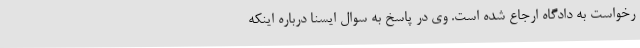
رخواست به دادگاه ارجاع شده است. وی در پاسخ به سوال ایسنا درباره اینکه